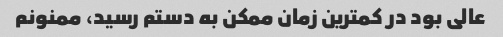
عالی بود در کمترین زمان ممکن به دستم رسید، ممنونم